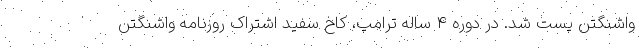
واشنگتن پست شد. در دوره 4 ساله ترامپ، کاخ سفید اشتراک روزنامه واشنگتن